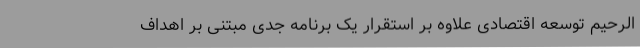
الرحیم توسعه اقتصادی علاوه بر استقرار یک برنامه جدی مبتنی بر اهداف